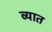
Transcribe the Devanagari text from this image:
व्यात